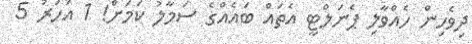
ދިވެހިން ހެއްވާލި ޕެނަލްޓީ އެތައް ބައެއްގެ ސަމާލު ކަމަށް! 1 އަހަރު 5